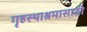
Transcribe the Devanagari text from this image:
गृहस्थाश्रमासाठी